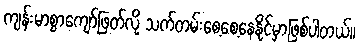
ကျန်းမာစွာကျော်ဖြတ်လို့ သက်တမ်းစေ့စေ့နေနိုင်မှာဖြစ်ပါတယ်။